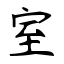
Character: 室